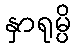
နှာရုမ္ပိ